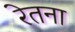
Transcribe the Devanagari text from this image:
रेतना